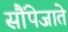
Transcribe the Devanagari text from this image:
सौंपेजाते